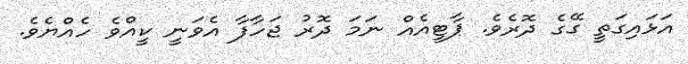
އަޅައިގަތީ ގޭގެ ދޮރެވެ. ޕާޓީއެއް ނަމަ ދޮރު ޖަހާފާ އެވަނީ ކީއްވެ ހެއްޔެވެ.